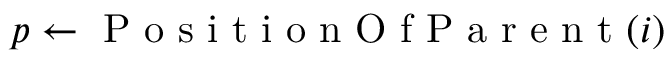
p \gets \mathrm { ~ P ~ o ~ s ~ i ~ t ~ i ~ o ~ n ~ O ~ f ~ P ~ a ~ r ~ e ~ n ~ t ~ } ( i )